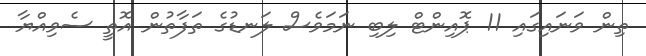
ތިން ވަނައިގައި 11 ޕޮއިންޓް ލިބި ނަމަވެސް ލަނޑުގެ ތަފާތުން އޮތީ ސެވިއްޔާ